Source: Handwritten
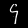
Digit: ၄ (4)